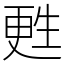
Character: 甦